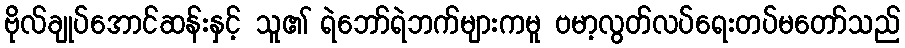
ဗိုလ်ချုပ်အောင်ဆန်းနှင့် သူ၏ ရဲဘော်ရဲဘက်များကမူ ဗမာ့လွတ်လပ်ရေးတပ်မတော်သည်